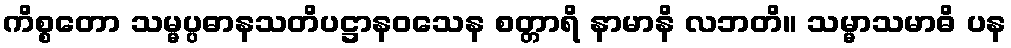
ကိစ္စတော သမ္မပ္ပဓာနသတိပဋ္ဌာနဝသေန စတ္တာရိ နာမာနိ လဘတိ။ သမ္မာသမာဓိ ပန